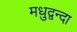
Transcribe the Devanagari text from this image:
मधुद्वन्दा